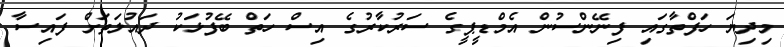
މިދިޔަ ހަފްތާގައި ފިނޭންސުން އެމްޑީޕީގެ ސަރުކާރުގެ އިސް ހަތް ބޭފުޅަކު ދައުލަތަށް ފައިސާ